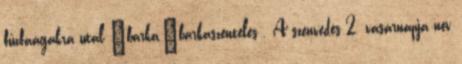
fűzfaágakra utal →barka,→barkaszentelés . A szenvedés 2. vasárnapja név